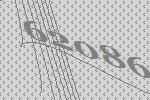
62086